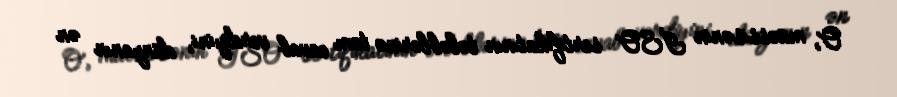
O, müəssisənin İSO sertifikatının tələblərinə tam cavab verdiyini, dünyanın ən